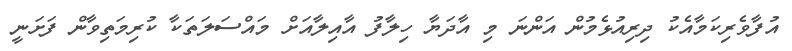
އުފާވެރިކަމާއެކު ދިރިއުޅެމުން އަންނަ މި އާދަޔާ ހިލާފު އާއިލާއަށް މައްސަލަތަކާ ކުރިމަތިވާން ފަށަނީ